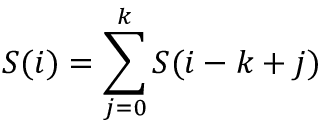
S ( i ) = \sum _ { j = 0 } ^ { k } S ( i - k + j )